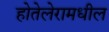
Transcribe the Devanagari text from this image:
होतेलेरामधील